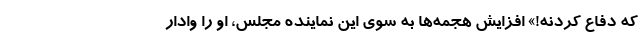
که دفاع کردنه!» افزایش هجمه‌ها به سوی این نماینده مجلس، او را وادار